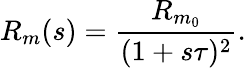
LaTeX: R_{m}(s)=\frac{R_{m_{0}}}{(1+s\tau)^{2}}.